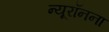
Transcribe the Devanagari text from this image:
न्यूरॉनना